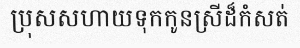
ប្រុសសហាយទុកកូនស្រីដ៏កំសត់